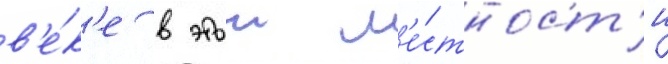
в'е́к'е в этои м'е́стност'и